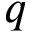
q